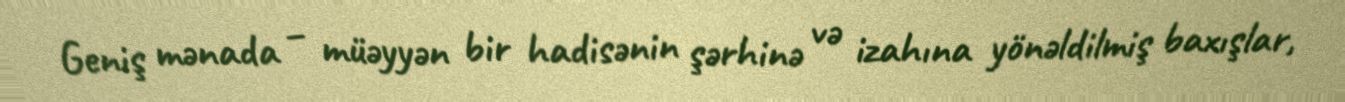
Geniş mənada – müəyyən bir hadisənin şərhinə və izahına yönəldilmiş baxışlar,